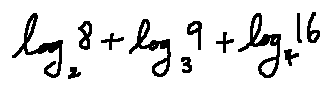
\log _ { 2 } 8 + \log _ { 3 } 9 + \log _ { 4 } 1 6